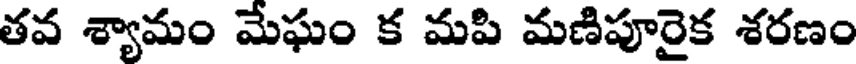
తవ శ్యామం మేఘం క మపి మణిపూరైక శరణం